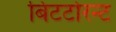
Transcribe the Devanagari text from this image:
बिटटोरन्ट